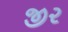
જી૨